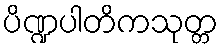
ပိဏ္ဍပါတိကသုတ္တ